Annual administration report of the Civil Veterinary Department of India - 1899-1900
Year: 1899
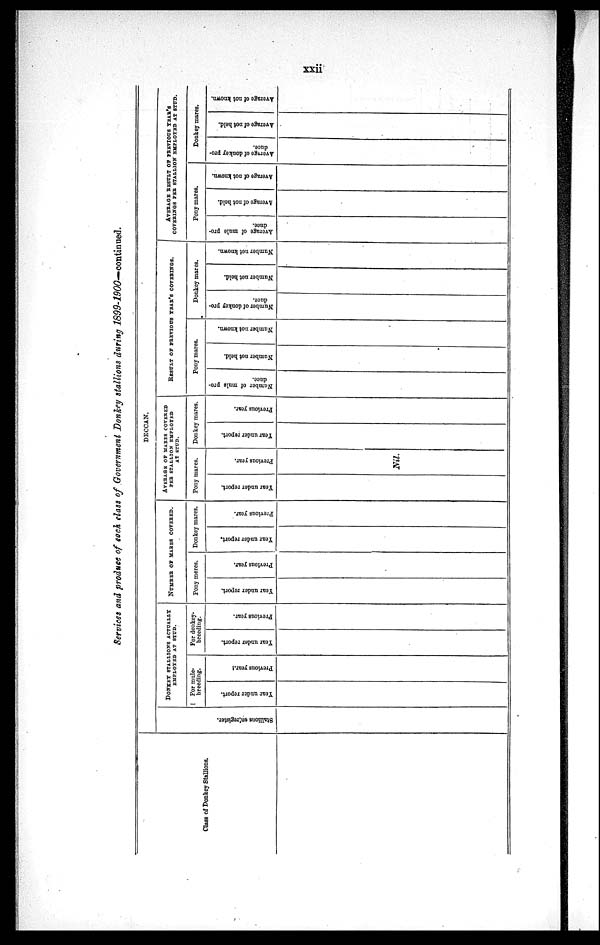
xxi
Services and produce of each class of Government Donkey stallions during 1899-1900—continued.
Class of Donkey Stallions.
DECCAN.
Stallions on register.
DONKEY STALLIONS ACTUALLY EMPLOYED AT STUD.
For mule-
breeding.
Year under report.
Previous year.
For donkey-
breeding.
Year under report.
Previous year.
NUMBER OF MARES COVERED.
Pony mares.
Year under report.
Previous year.
Donkey mares.
Year under report.
Previous year.
AVERAGE OF MARES COVERED PER STALLION EMPLOYED
AT STUD.
Pony mares.
Year under report.
Previous year.
Nil.
Donkey mares.
Year under report.
Previous year.
RESULT OF
PREVIOUS YEAR'S COVERINGS.
Pony mares.
Number of mule pro-
duce.
Number not held.
Number not known.
Donkey mares.
Number of donkey pro-
duce.
Number not held.
Number not known.
AVERAGE RESULT OF PREVIOUS YEAR'S COVERING
Pony mares.
Average of mule pro-
duce.
Average
of not held.
Average of not known.
Donkey mares.
Average of donkey pro-
duce.
Average of not held.
Average of not known.